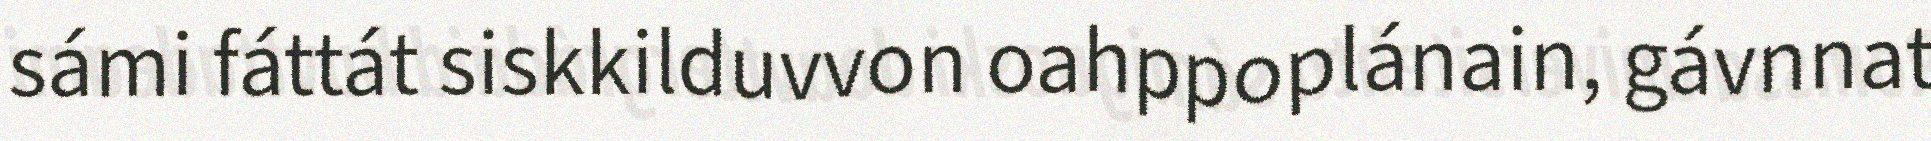
sámi fáttát siskkilduvvon oahppoplánain, gávnnat